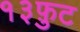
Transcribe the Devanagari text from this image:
१३फ़ुट